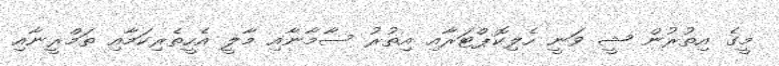
މީގެ އިތުރުން ޝީ ވަނީ ހެލިކޮޕްޓަރާއި އިތުރު ސާމާނާއި މާލީ އެހީތެރިކަމާއި ތަމްރީނާއި